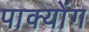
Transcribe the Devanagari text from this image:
पाक्योंग